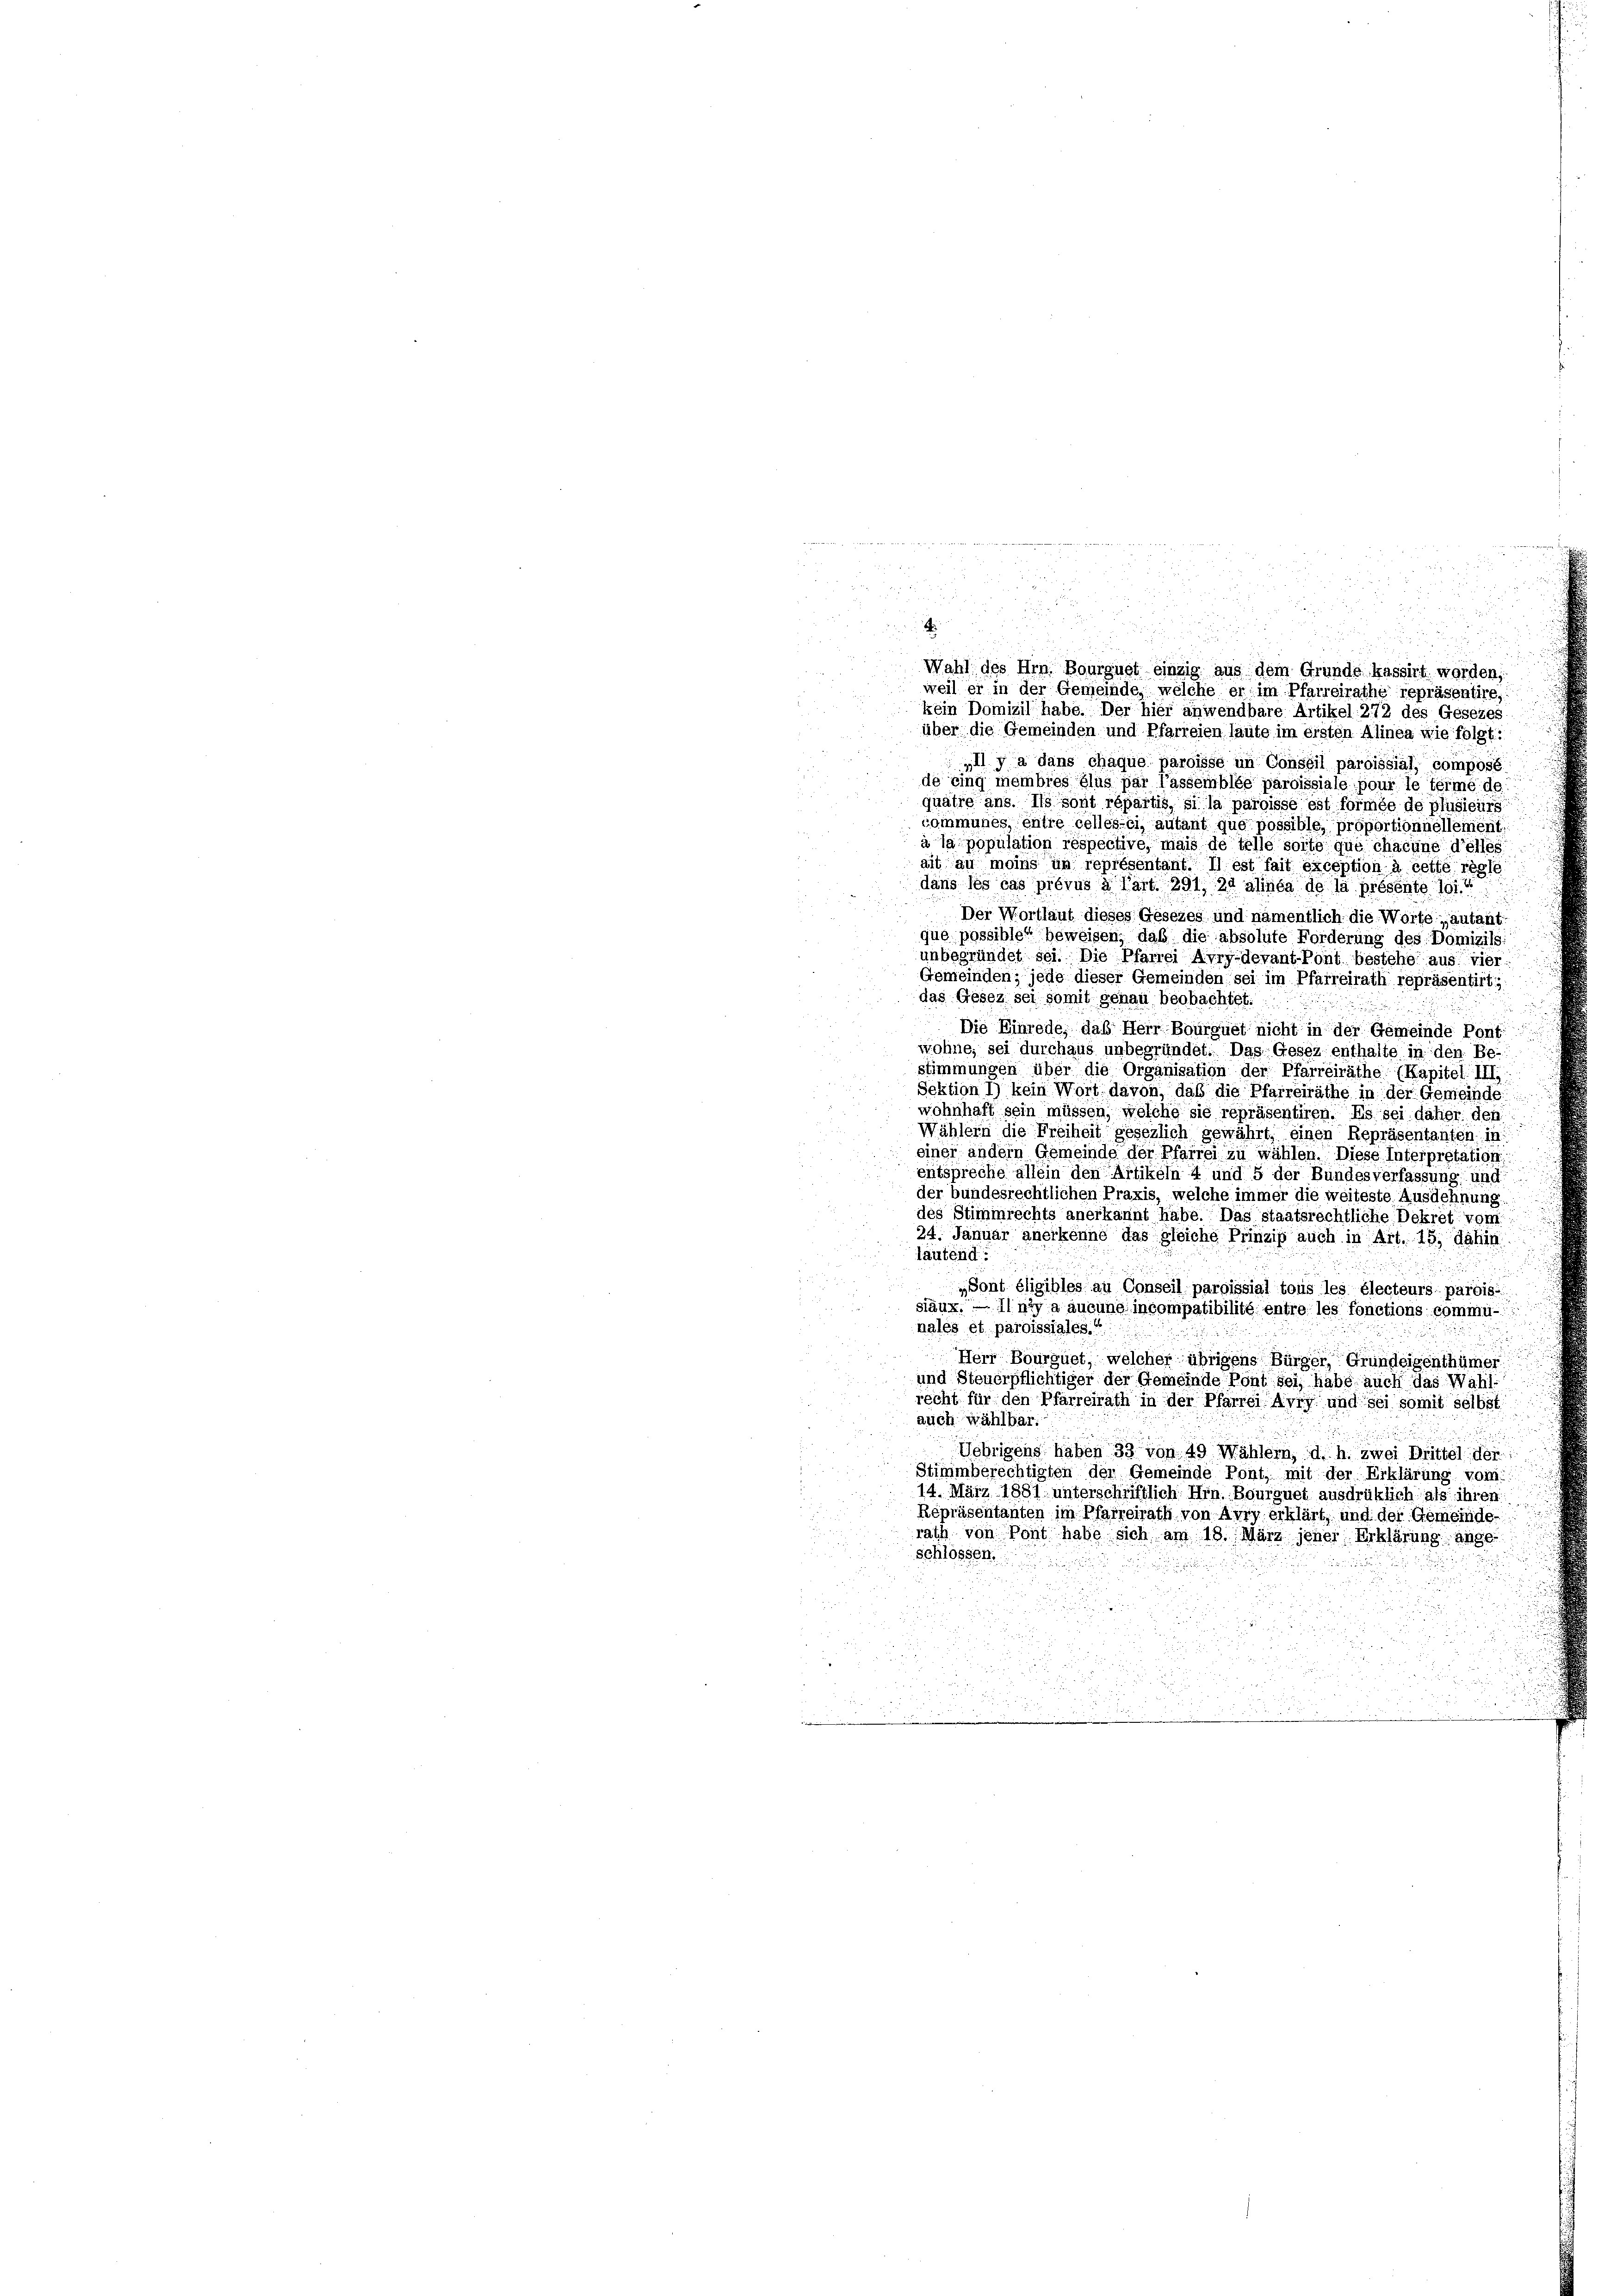
g

4
n
Wahl des Hrn. Bourgust einzig aus dem Grunde kassirt worden,
weil er in der Gemeinde, welche er im Pfarreirathe repräsentire,
kein Domizil habe. Der hier anwendbare Artikel 272 des Gesezes

über die Gemeinden und Pfarreien laute im ersten Alinea wie folgt:
„Il y a dans chaque paroisse in Conseil paroissial, composé
de sing membres plus par l’assemblée paroissiale pour le terme de
quatre ans. Ils sont répartis, si la paroisse est formée de plusieurs
communes, entre celles-ci, autant que possible, proportionnellement
à la population respective, mais de telle solte que chacune d’elles
ait au moins un représentant. II est fait exception à cette regle
dans les cas prévus à l’art. 291, 24 alinea de la présente loi“
Der Wortlaut dieses Gesezes und namentlich die Worte „autant-
qué possible“ beweisen, daß die absolute Forderung des Domizils
unbegründet sei. Die Pfarrei Avry-devant-Pont bestehe aus vier
Gemeinden; jede dieser Gemeinden sei im Pfarreirath repräsentirt;
das Gesez sei somit genau beobachtet.
Die Einrede, das Herr Bourguet nicht in der Gemeinde Pont
wohne, sei durchaus unbegründet. Das Gesez enthalte in den Be-
stimmungen über die Organisation der Pfarreiräthe (Kapitel III:
Sektion 1) kein Wort davon, daß die Pfarreiräthe in der Gemeinde
wohnhaft sein müssen, welche sie repräsentiren. Es sei daher den
Wählern die Freiheit gesezlich gewährt, einen Repräsentanten, in
einer andern Gemeinde der Pfarrei zu wählen. Diese Interpretation
entspreche allein den Artikeln 4 und 5 der Bundesverfassung und
der bundesrechtlichen Praxis, welche immer die weiteste Ausdehnung
des Stimmrechts anerkannt habe. Das staatsrechtliche Dekret vom
24. Januar anerkenne das gleiche Prinzip auch in Art. 15, dahin
lautend.
„Sont éligibles au Conseil paroissial tous les électeurs parois
siäux. — Il n’y a aucune incompatibilité entre les fonctions commu-
nales et paroissiales.“
u
Herr Bourguet, welcher übrigens Bürger Grundeigenthümer
und Steuerpflichtiger der Gemeinde Pont sei, habe auch das Wahl
recht für den Pfarreirath in der Pfarrei Avry und sei somit selbst
auch wählbar.
Uebrigens haben 33 von 49 Wählern, d. h. zwei Brittel der
Stimmberechtigten der Gemeinde Pont, mit der Erklärung vom
14. März 1881 unterschriftlich Hrn. Bourguet ausdrüklich als ihren
Repräsentanten im Pfarreirath von Avry erklärt, und der Gemeinde-
rath von Pont habe sich am 13. März jeher Erklärung ange-
schlossen.